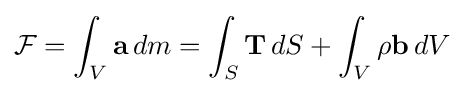
{\mathcal {F}}=\int _{V}\mathbf {a} \,dm=\int _{S}\mathbf {T} \,dS+\int _{V}\rho \mathbf {b} \,dV